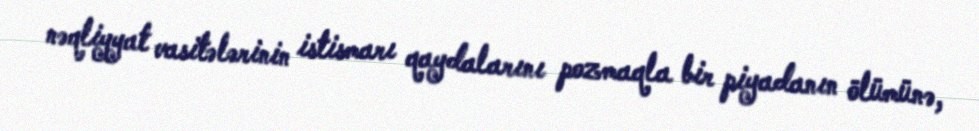
nəqliyyat vasitələrinin istismarı qaydalarını pozmaqla bir piyadanın ölümünə,